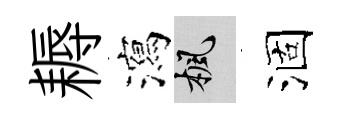
耨瀉楓涸